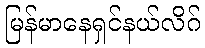
မြန်မာနေရှင်နယ်လိဂ်